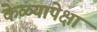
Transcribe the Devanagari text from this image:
केळ्यापेक्षा